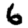
Digit: 6